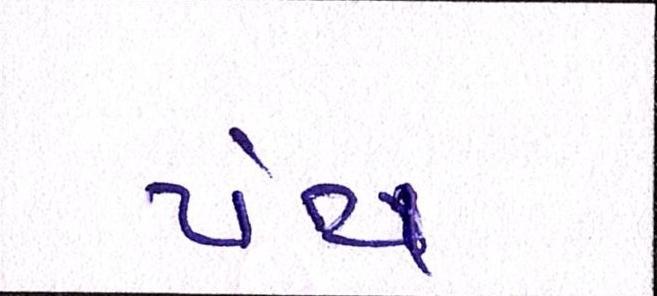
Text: પંથ